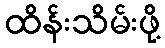
ထိန်းသိမ်းဖို့